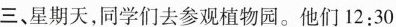
三、星期天，同学们去参观植物园。他们12:30